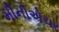
મીનીએચર